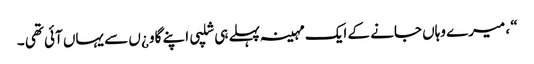
“ ، میرے وہاں جانے کے ایک مہینہ پہلے ہی شلپی اپنے گاو ¿ں سے یہاں آئی تھی ۔